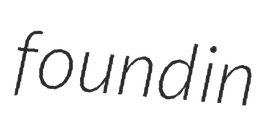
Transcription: found in